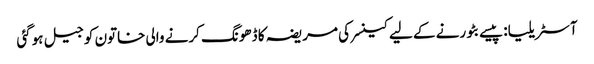
آسٹریلیا: پیسے بٹورنے کے لیے کینسر کی مریضہ کا ڈھونگ کرنے والی خاتون کو جیل ہوگئی